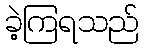
ခဲ့ကြရသည်